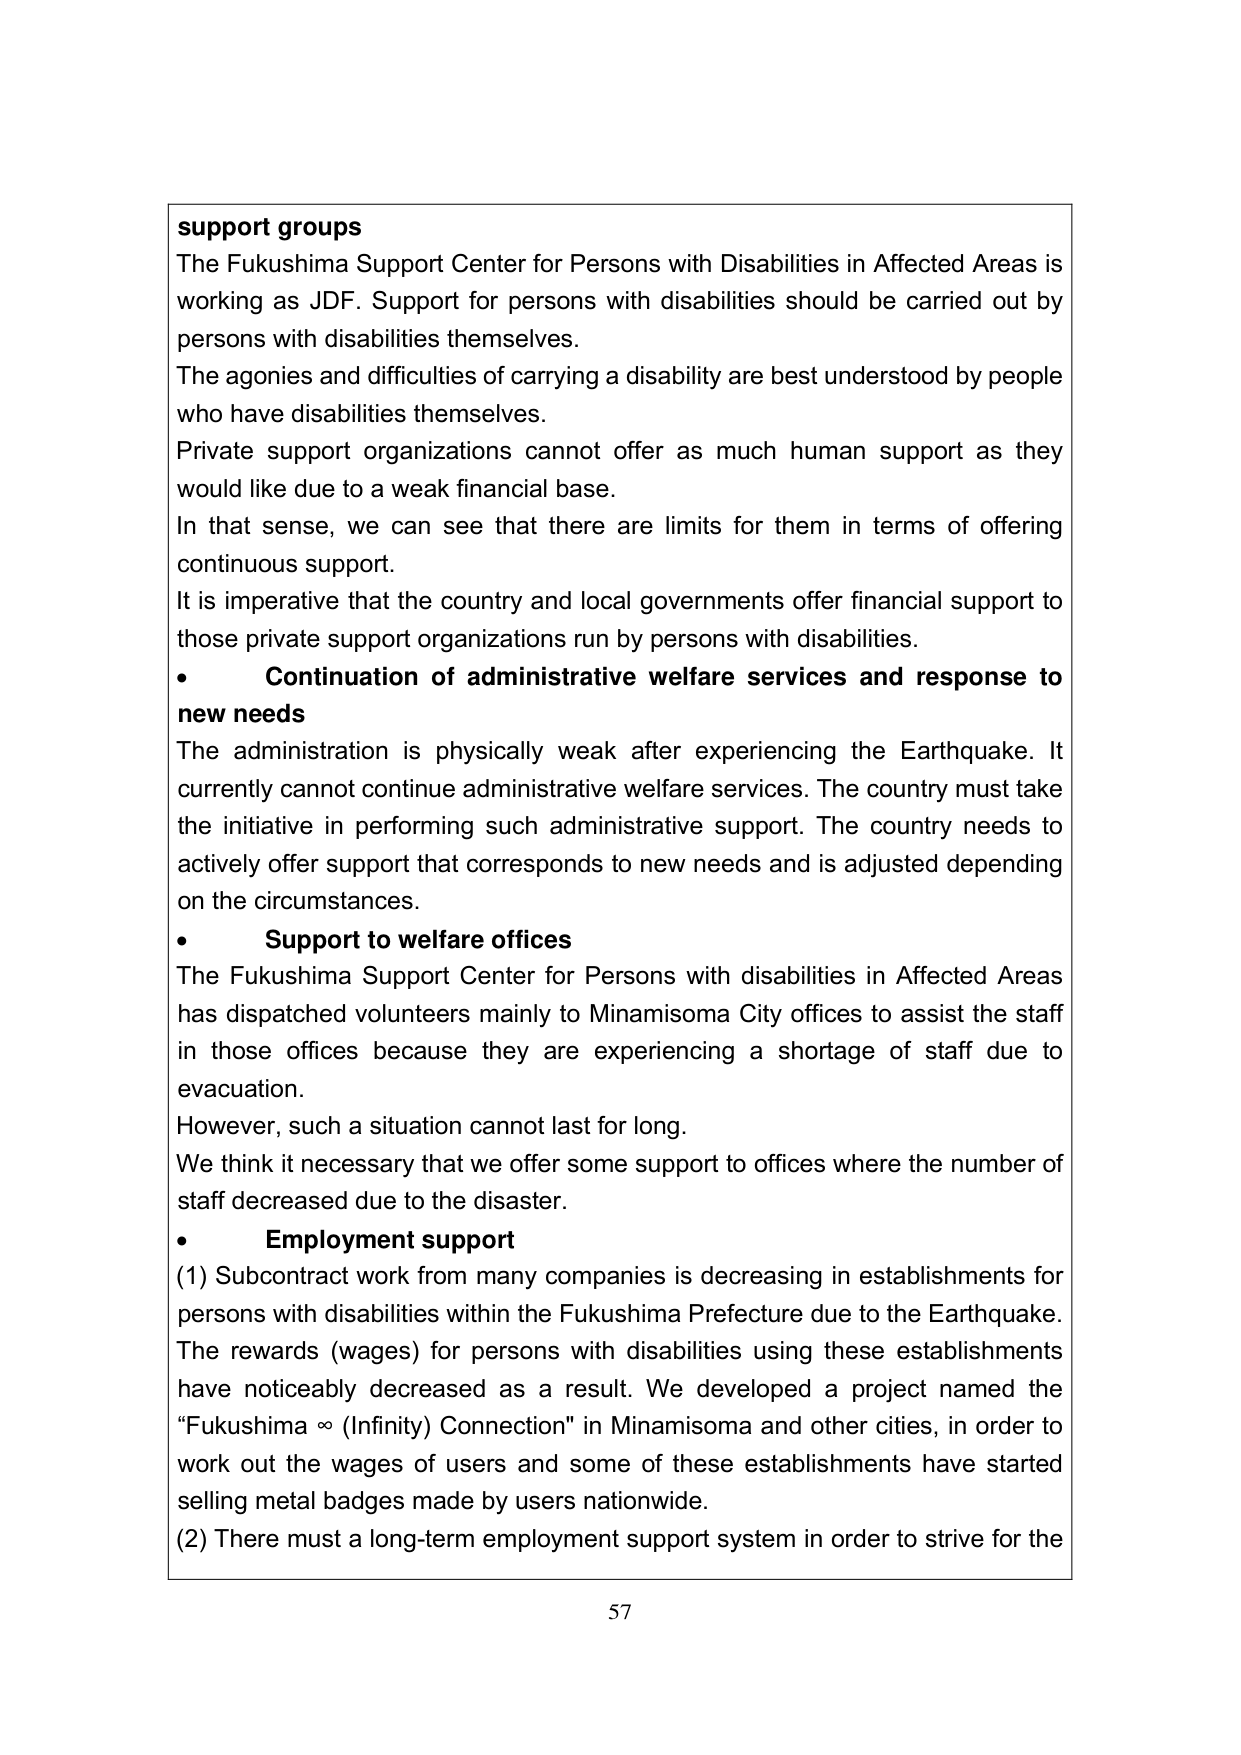
support groups
The Fukushima Support Center for Persons with Disabilities in Affected Areas is working as JDF. Support for persons with disabilities should be carried out by persons with disabilities themselves.
The agonies and difficulties of carrying a disability are best understood by people who have disabilities themselves.
Private support organizations cannot offer as much human support as they would like due to a weak financial base.
In that sense, we can see that there are limits for them in terms of offering continuous support.
It is imperative that the country and local governments offer financial support to those private support organizations run by persons with disabilities.
• Continuation of administrative welfare services and response to new needs
The administration is physically weak after experiencing the Earthquake. It currently cannot continue administrative welfare services. The country must take the initiative in performing such administrative support. The country needs to actively offer support that corresponds to new needs and is adjusted depending on the circumstances.
• Support to welfare offices
The Fukushima Support Center for Persons with disabilities in Affected Areas has dispatched volunteers mainly to Minamisoma City offices to assist the staff in those offices because they are experiencing a shortage of staff due to evacuation.
However, such a situation cannot last for long.
We think it necessary that we offer some support to offices where the number of staff decreased due to the disaster.
• Employment support
(1) Subcontract work from many companies is decreasing in establishments for persons with disabilities within the Fukushima Prefecture due to the Earthquake. The rewards (wages) for persons with disabilities using these establishments have noticeably decreased as a result. We developed a project named the “Fukushima ∞ (Infinity) Connection” in Minamisoma and other cities, in order to work out the wages of users and some of these establishments have started selling metal badges made by users nationwide.
(2) There must a long-term employment support system in order to strive for the
57